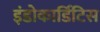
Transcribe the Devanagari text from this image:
इंडोकार्डिटिस